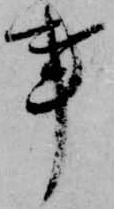
事